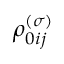
\rho _ { 0 i j } ^ { \left( \sigma \right) }